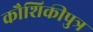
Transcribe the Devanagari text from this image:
कौशिकीपुत्र